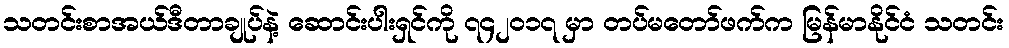
သတင်းစာအယ်ဒီတာချုပ်နဲ့ ဆောင်းပါးရှင်ကို ၇၄၂ဝ၁၇ မှာ တပ်မတော်ဖက်က မြန်မာနိုင်ငံ သတင်း